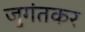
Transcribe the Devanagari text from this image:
जुगंतकर